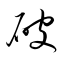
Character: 破